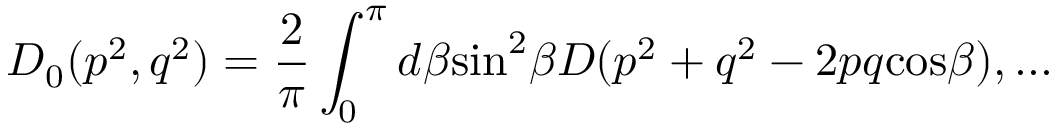
D _ { 0 } ( p ^ { 2 } , q ^ { 2 } ) = \frac { 2 } { \pi } \int _ { 0 } ^ { \pi } d \beta \mathrm { s i n } ^ { 2 } \beta D ( p ^ { 2 } + q ^ { 2 } - 2 p q \mathrm { c o s } \beta ) , . . .